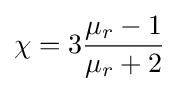
\chi =3{\frac {\mu _{r}-1}{\mu _{r}+2}}